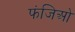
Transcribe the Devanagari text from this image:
फंजिओ